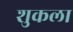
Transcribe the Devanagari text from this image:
शुकला